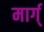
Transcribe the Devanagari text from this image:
मार्ग्